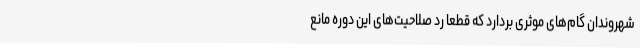
شهروندان گام‌های موثری بردارد که قطعاً رد صلاحیت‌های این دوره مانع